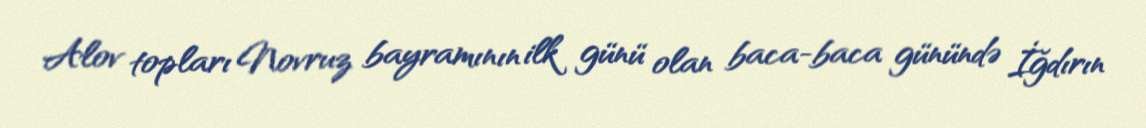
Alov topları Novruz bayramının ilk günü olan baca-baca günündə İğdırın